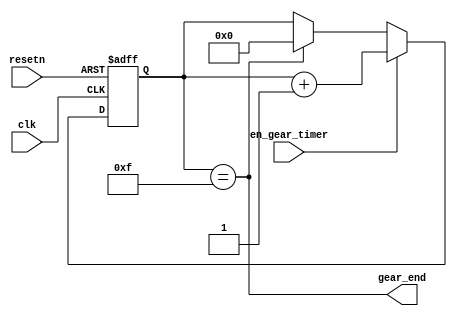
`timescale 1ns/1ps
module gear_timer
(
  //inputs
   clk
  ,resetn
  ,en_gear_timer
  //output
  ,gear_end
 );
  input clk;
  input resetn;
  input en_gear_timer;
  output gear_end;
  //16 seconds
  reg [3:0] cnt;
  always@(posedge clk or negedge resetn)
  begin
	if(!resetn)
	cnt <= 4'd0;
	else if(en_gear_timer)
	   cnt<= cnt + 1'b1;
	else if(cnt==4'd15)
	   cnt<= 1'b0;
  end
  
  assign gear_end = (cnt==4'd15);
 endmodule